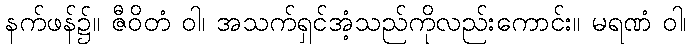
နက်ဖန်၌။ ဇီဝိတံ ဝါ၊ အသက်ရှင်အံ့သည်ကိုလည်းကောင်း။ မရဏံ ဝါ၊